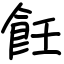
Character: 飪